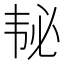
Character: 𱂅